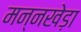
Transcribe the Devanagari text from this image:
मन्नखेड़ा